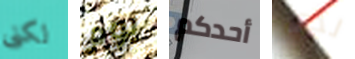
لكنى يوم أحدكم لدي